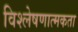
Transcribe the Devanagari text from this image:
विश्लेषणात्मकता